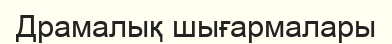
Драмалық шығармалары